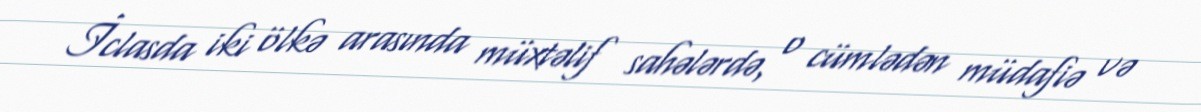
İclasda iki ölkə arasında müxtəlif sahələrdə, o cümlədən müdafiə və